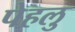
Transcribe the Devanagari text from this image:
पेहलु